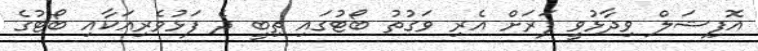
އޮފިޝަލް ވިދާޅުވީ ފަރަށް އެރި ވަގުތު ބޯޓުގައި ތިބީ ދެ ފަޅުވެރިއަކާއި ބޯޓުގެ